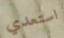
استعدي